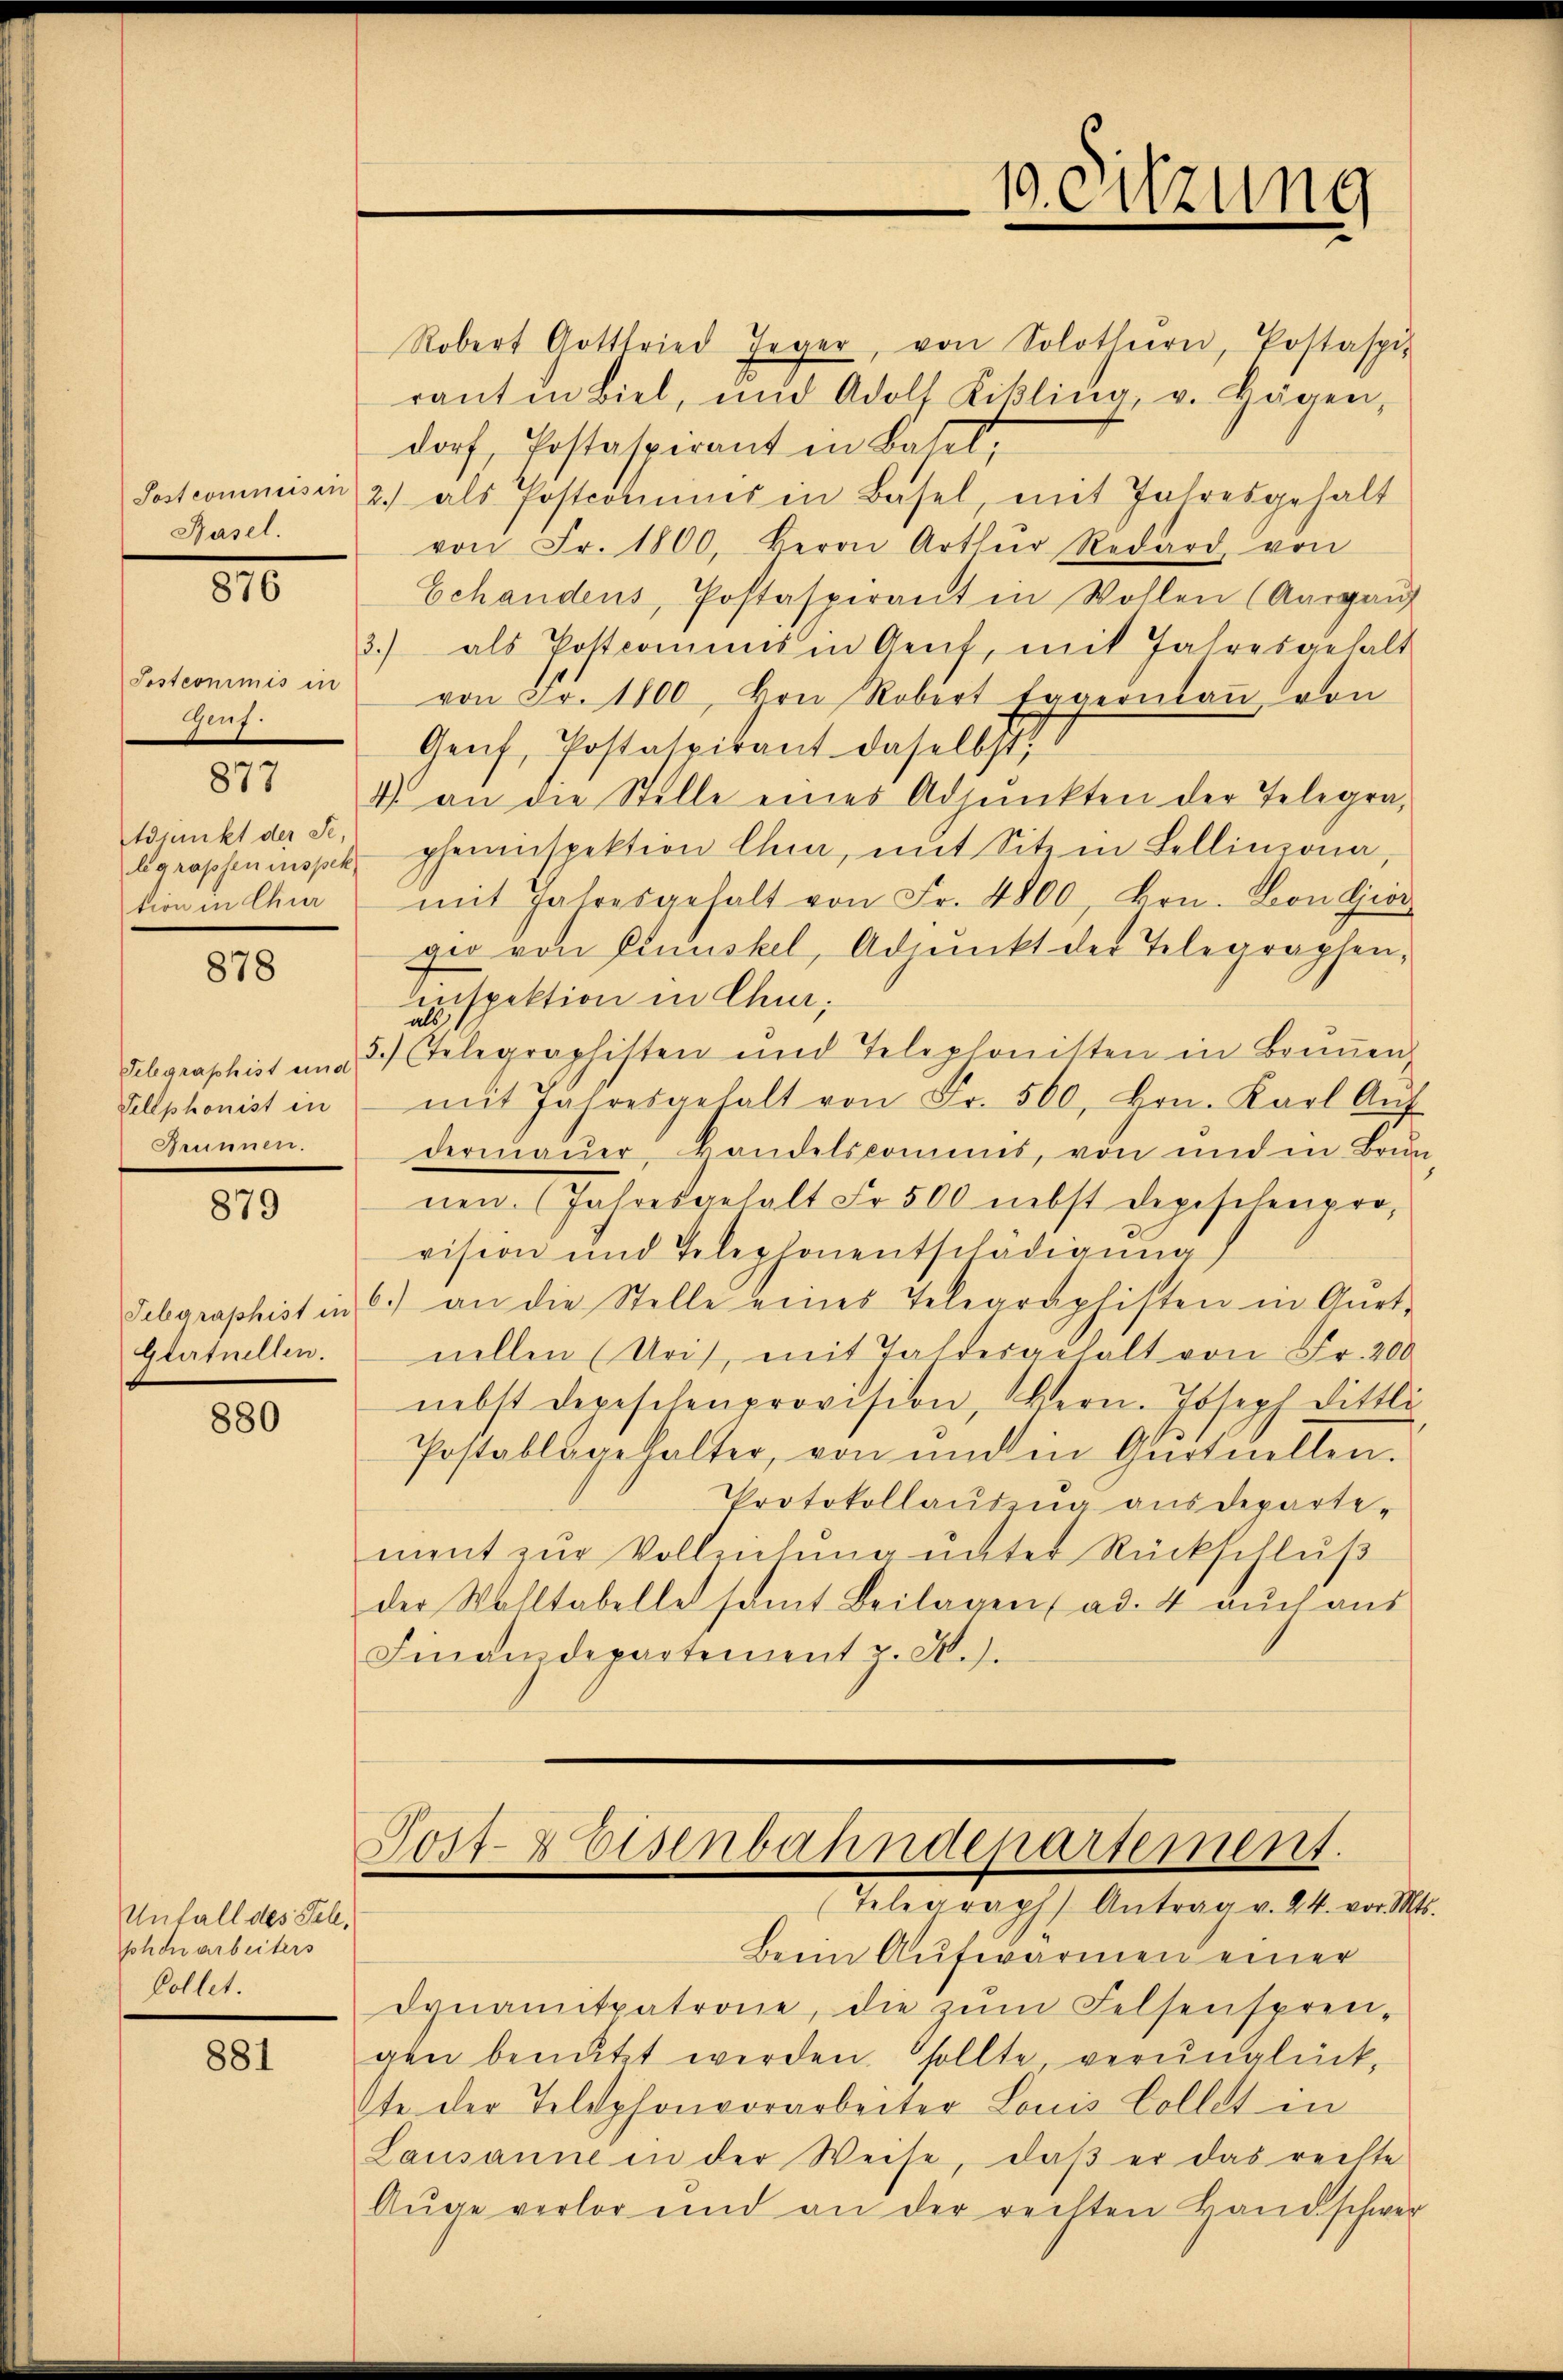
Postcommis in
Basel.

810

Postcommis in
47
Adjunkt der Se.
tion in Chur

877

878

Tellphonist in
Brunnen.

879

Glutuellen.

880

Unfall des Tell,
phon arbeiters
Collet.

881

Robert Gottfried Jeger, von Solothurn, Postaspis
ranten Biel, und Adolf Likling, v. Hagen,
dorf, Postaspirant in Basel,
2.) als Postcominer in Basel, mit Jahresgehalt
von Fr. 1800, Herrn Arthŭr Redard von
Echandens, Postaspirant in Wollen (Aargaŭf
3.) als Postcomis in Genf, mit Jahresgehalt
von Fr. 1100, von Robert Eggermaṅ von
Genf, Postatpikant daselbst,
4 an die Stelle eines Adpŭnkten der Telegra-
bgrapheninspekt pheninspektion Chia, mit Sitz in Lellinzona,
mit Jahresgehalt von Fr. 4800, Hrn. Von Gier
gio von Elmuskel, Adjunkt der Telegraphen,
inspektion in Chur,
als s
Selgraphist und 3 telegraphisten und Telephonisten in Brunnen,
mit Jahresgehalt von Fr. 560, Hrn. Karl Aŭf
dermauer, Handelskommes, von und in Brun
nen. (Jahresgehalt Fr. 500 nebst Depeschenpro-
vision und Telephonentschädigung
Gebaraphist in C.) an die Stelle eines Telegraphisten in Aŭst-
nellen (Uris, mit Tastergehalt von Fr. 200
nebst Depeschenprovision, Bern. Joseph Dittli
Postablagehalter, von und in Gentuellen.
Protokollaŭszŭg aŭsdepartement zŭr Vollziehŭng ŭnter Rückschlŭβ
der Walltabelle samt Beilagen ad. 4 auch aus
Finanzdepartement z. S.).

10. Sitzung

Post-Eisenbahndepartement.
(Telegraph Antrag v. 24. vor. Mts.

Beim Aufwarmen einer
dynamitpatrone, die zŭm Felsenspren-
gen benutzt werden sollte verunglückste der Telephonvorarbeiter Louis Collet in
Lausanne in der Weise, daβ er das reilte
Aŭge verlor und an der rechten Landschwer